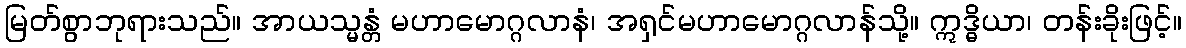
မြတ်စွာဘုရားသည်။ အာယသ္မန္တံ မဟာမောဂ္ဂလာနံ၊ အရှင်မဟာမောဂ္ဂလာန်သို့။ ဣဒ္ဓိယာ၊ တန်းခိုးဖြင့်။